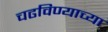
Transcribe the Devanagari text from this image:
चढविण्याच्या